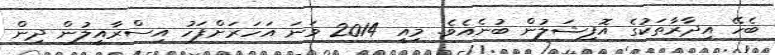
ބެހޭ އިދާރާތަކުގެ އޮފިޝަލުން ބުނެއެވެ. މިއީ 2014 ވަނަ އަހަރަށްފަހު އިސްރާއީލުން ދިން